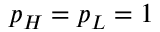
p _ { H } = p _ { L } = 1